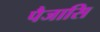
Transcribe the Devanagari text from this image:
पैजासि